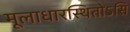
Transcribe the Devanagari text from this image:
मूलाधारस्थितोऽसि